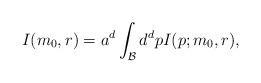
LaTeX: \begin{align*}I(m_0,r)= a^d \int_{\cal B} d^d p I(p;m_0,r),\end{align*}